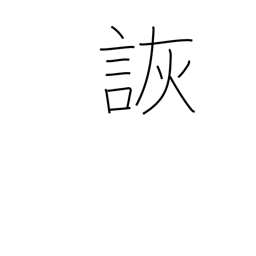
Meaning: jest